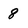
Character: 8